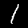
Label: 1